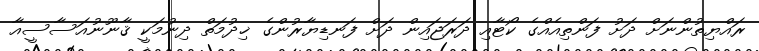
ރައްޔިތުންނަށް ދަށު ފަންތިއެއްގެ ކޯޓާއި ދަރަޖައިން ދަށް ފަނޑިޔާރުންގެ ޚިދުމަތް ދިނުމަކީ ޤާނޫނުއަސާސީއާ